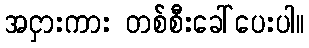
အငှားကား တစ်စီးခေါ်ပေးပါ။